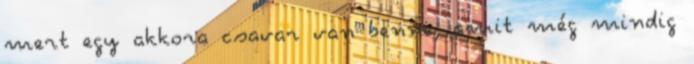
mert egy akkora csavar van benne, amit még mindig